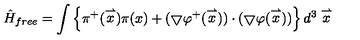
\hat { H } _ { f r e e } = \int \left\{ \pi ^ { + } ( \stackrel { \rightharpoonup } { x } ) \pi ( x ) + ( \bigtriangledown \varphi ^ { + } ( \stackrel { \rightharpoonup } { x } ) ) \cdot ( \bigtriangledown \varphi ( \stackrel { \rightharpoonup } { x } ) ) \right\} d ^ { 3 } \stackrel { \rightharpoonup } { x }